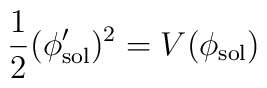
\frac{1}{2}(\phi_{\rm sol}')^{2}=V(\phi_{\rm sol})